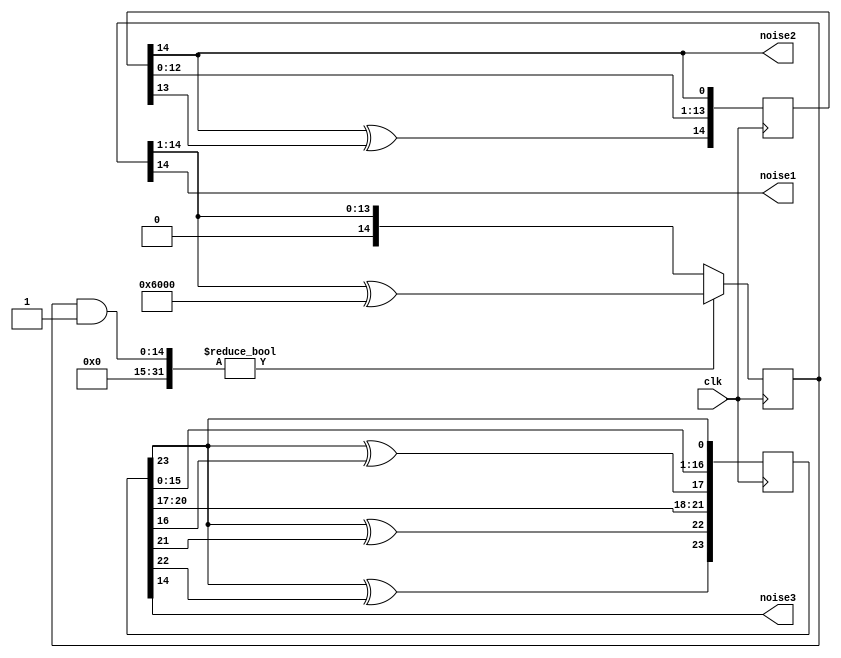

module LFSR#(
	parameter SEED = 1
)(
	input clk,
	output noise1,noise2,noise3
);

reg  [14 : 0] lfsr,lfsr_1;
reg [23:0] lfsr_2;

initial begin 
	lfsr = SEED;
	lfsr_1 = SEED;
	lfsr_2 = SEED;
end

always@(posedge clk) begin
	if(lfsr & 1)
		lfsr = (lfsr >> 1) ^ (16'hc001 >> 1);
	else
		lfsr = (lfsr >> 1);

end 

always@(posedge clk) begin
	
//		lfsr_1 ={{((lfsr_1[14])^(lfsr_1[13])),lfsr_1<<2}>>1,lfsr[14]};
	lfsr_1 ={{((lfsr_1[14])^(lfsr_1[13])),lfsr_1[12:0]},lfsr_1[14]};	
end 
always@(posedge clk) begin
	
//		lfsr_1 ={{((lfsr_1[14])^(lfsr_1[13])),lfsr_1<<2}>>1,lfsr[14]};
	lfsr_2 ={lfsr_2[23]^lfsr_2[22],lfsr_2[23]^lfsr_2[21],lfsr_2[20:17],lfsr_2[23]^lfsr_2[16],lfsr_2[15:0],lfsr_2[23]};	
end 

//assign noise = (lfsr >> 2) & 1;
assign noise1 = (lfsr >> 14) & 1;
assign noise2 = (lfsr_1 >> 14) & 1;
assign noise3 = (lfsr_2 >> 14) & 1;
endmodule